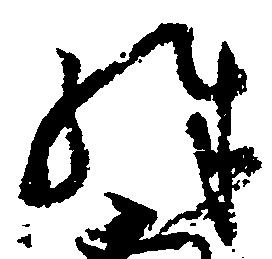
殊